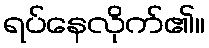
ရပ်နေလိုက်၏။